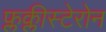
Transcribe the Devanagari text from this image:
फ्लक्लीस्टेरोन